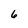
Character: 6